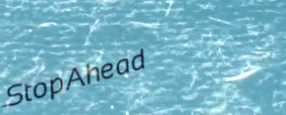
StopAhead